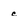
Character: c